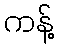
ကန့်